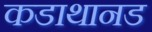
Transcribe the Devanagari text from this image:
कडाथानड